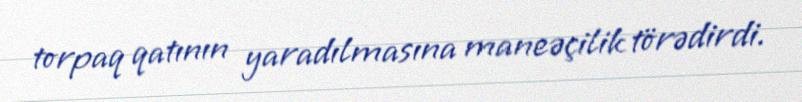
torpaq qatının yaradılmasına maneəçilik törədirdi.